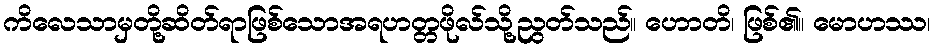
ကိလေသာမှတို့ဆိတ်ရာဖြစ်သောအရဟတ္တဖိုလ်သို့ညွတ်သည်။ ဟောတိ၊ ဖြစ်၏။ မောဟဿ၊